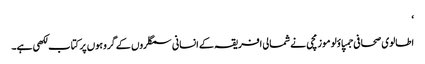
‘
اطالوی صحافی جمپاؤلو موزمچی نے شمالی افریقہ کے انسانی سمگلروں کے گروہوں پر کتاب لکھی ہے۔